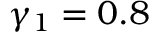
\gamma _ { 1 } = 0 . 8